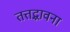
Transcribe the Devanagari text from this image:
तत्तद्भावना